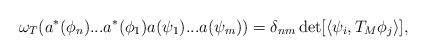
LaTeX: \begin{align*}\omega_T ( a^* (\phi_n ) ... a^* (\phi_ 1 ) a ( \psi_1 ) ... a ( \psi_m ) ) = \delta_{nm} \det [ \langle \psi_i, T_M \phi_j \rangle ] ,\end{align*}